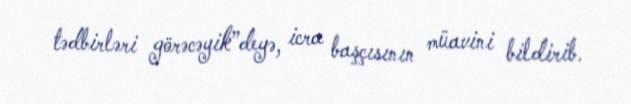
tədbirləri görəcəyik”deyə, icra başçısının müavini bildirib.